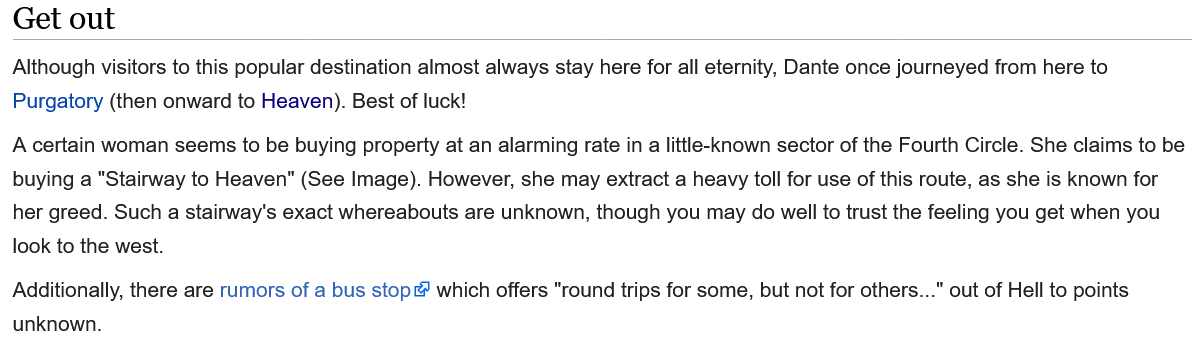
Although visitors to this popular destination almost always stay here for all eternity, Dante once journeyed from here to
  Purgatory (then onward to Heaven). Best of luck!
  Additionally, there are rumors of a bus stop which offers "round trips for some, but not for others..." out of Hell to points
  unknown.
  Get  out
  A certain woman seems to be buying property at an alarming rate in
  a
     little-known sector of the Fourth Circle. She claims to be
  buying a "Stairway to Heaven" (See Image). However, she may extract a heavy toll for use of this route, as she is known for
  her greed. Such a stairway's exact whereabouts are unknown, though you may do well to trust the feeling you get when you
  look to the west.